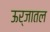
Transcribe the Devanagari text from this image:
ऊर्जातल